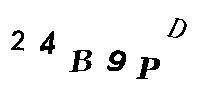
24B9PD